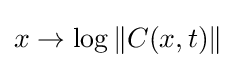
x\rightarrow \log \|C(x,t)\|